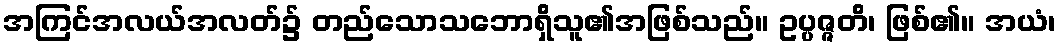
အကြင်အလယ်အလတ်၌ တည်သောသဘောရှိသူ၏အဖြစ်သည်။ ဥပ္ပဇ္ဇတိ၊ ဖြစ်၏။ အယံ၊